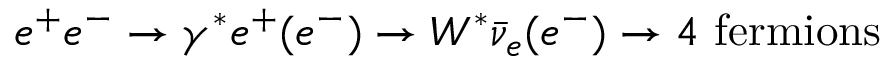
e ^ { + } e ^ { - } \rightarrow \gamma ^ { * } e ^ { + } ( e ^ { - } ) \rightarrow W ^ { * } \bar { \nu } _ { e } ( e ^ { - } ) \rightarrow 4 \ \mathrm { f e r m i o n s }